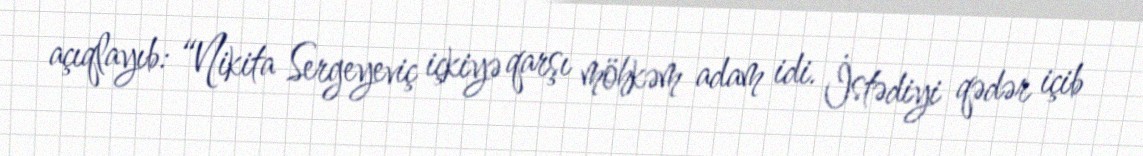
açıqlayıb: “Nikita Sergeyeviç içkiyə qarşı möhkəm adam idi. İstədiyi qədər içib